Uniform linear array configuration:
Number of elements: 64
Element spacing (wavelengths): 0.25
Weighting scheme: hann
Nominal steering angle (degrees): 0
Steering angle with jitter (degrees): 0.6911
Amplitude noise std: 0.05
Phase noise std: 0.05

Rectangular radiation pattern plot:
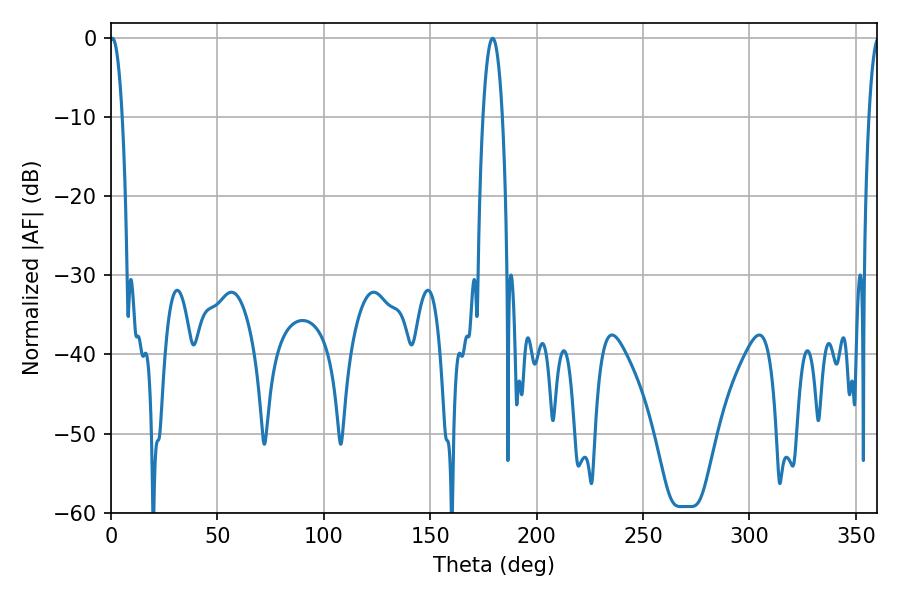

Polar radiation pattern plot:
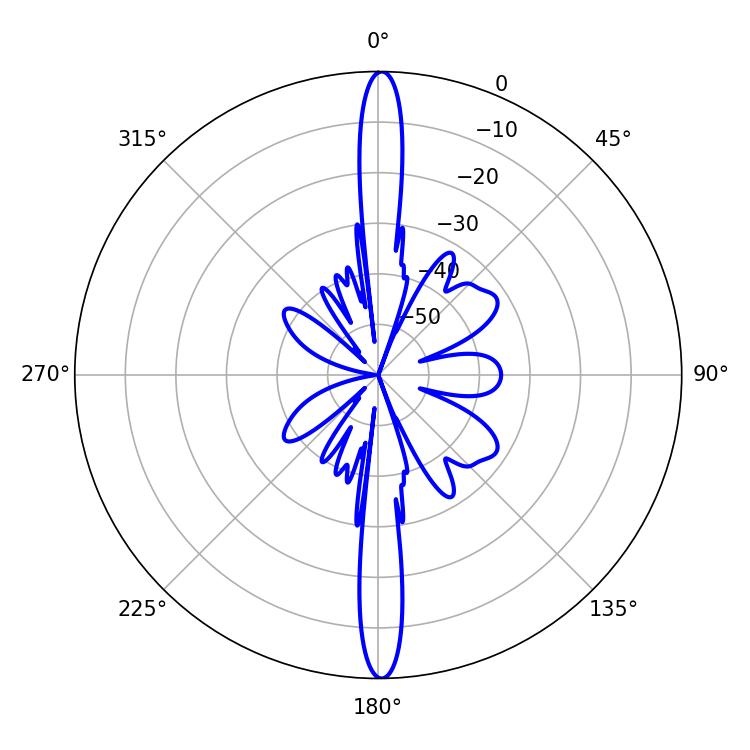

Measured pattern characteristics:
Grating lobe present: FALSE
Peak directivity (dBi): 28.731
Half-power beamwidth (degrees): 5.04
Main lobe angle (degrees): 179.28